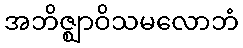
အဘိဇ္ဈာဝိသမလောဘံ